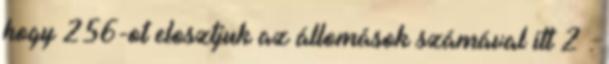
hogy 256-ot elosztjuk az állomások számával itt 2 .